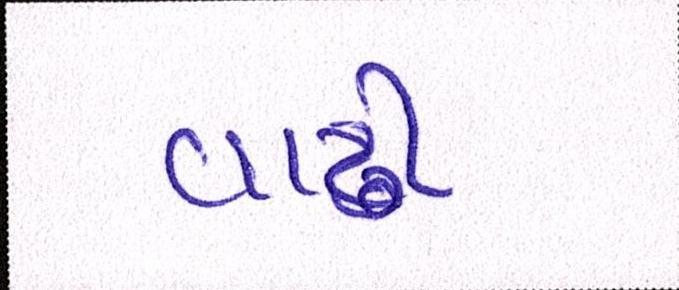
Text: વાઢી